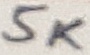
Text: 5K